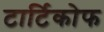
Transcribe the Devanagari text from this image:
टार्टिकोफ